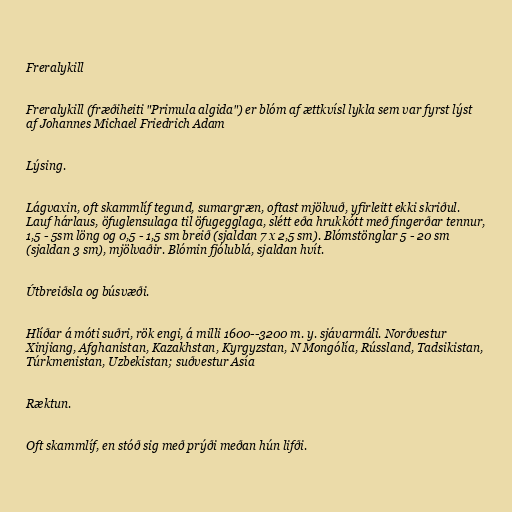
Freralykill

Freralykill (fræðiheiti "Primula algida") er blóm af ættkvísl lykla sem var fyrst lýst
af Johannes Michael Friedrich Adam

Lýsing.

Lágvaxin, oft skammlíf tegund, sumargræn, oftast mjölvuð, yfirleitt ekki skriðul.
Lauf hárlaus, öfuglensulaga til öfugegglaga, slétt eða hrukkótt með fíngerðar tennur,
1,5 - 5sm löng og 0,5 - 1,5 sm breið (sjaldan 7 x 2,5 sm). Blómstönglar 5 - 20 sm
(sjaldan 3 sm), mjölvaðir. Blómin fjólublá, sjaldan hvít.

Útbreiðsla og búsvæði.

Hlíðar á móti suðri, rök engi, á milli 1600--3200 m. y. sjávarmáli. Norðvestur
Xinjiang, Afghanistan, Kazakhstan, Kyrgyzstan, N Mongólía, Rússland, Tadsikistan,
Túrkmenistan, Uzbekistan; suðvestur Asía

Ræktun.

Oft skammlíf, en stóð sig með prýði meðan hún lifði.